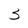
Character: 3